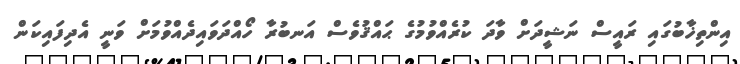
އިންތިޚާބުގައި ރައީސް ނަޝީދަށް ވާދަ ކުރެއްވުމުގެ ޙައްޤުވެސް އަނބުރާ ހޯއްދަވައިދެއްވުމަށް ވަނީ އެދިފައިކަން